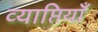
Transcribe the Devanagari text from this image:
व्याप्तियाँ